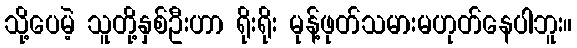
သို့ပေမဲ့ သူတို့နှစ်ဦးဟာ ရိုးရိုး မုန့်ဖုတ်သမားမဟုတ်နေပါဘူး။